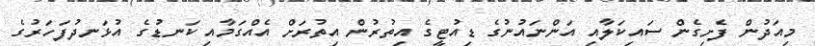
މިއަދުން ފެށިގެން ސައިކަލާއި އަންނައުނުގެ ޑިއުޓީގެ އިތުރުން އިތުރަށް އެއްގަމާއި ކަނޑުގެ އުޅަނދުފަހަރުގެ